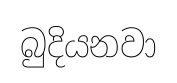
බුදියනවා